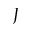
J